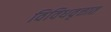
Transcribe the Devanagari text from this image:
विविधवृत्तात